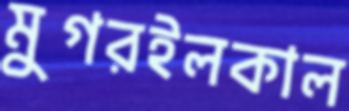
মুগরইলকাল